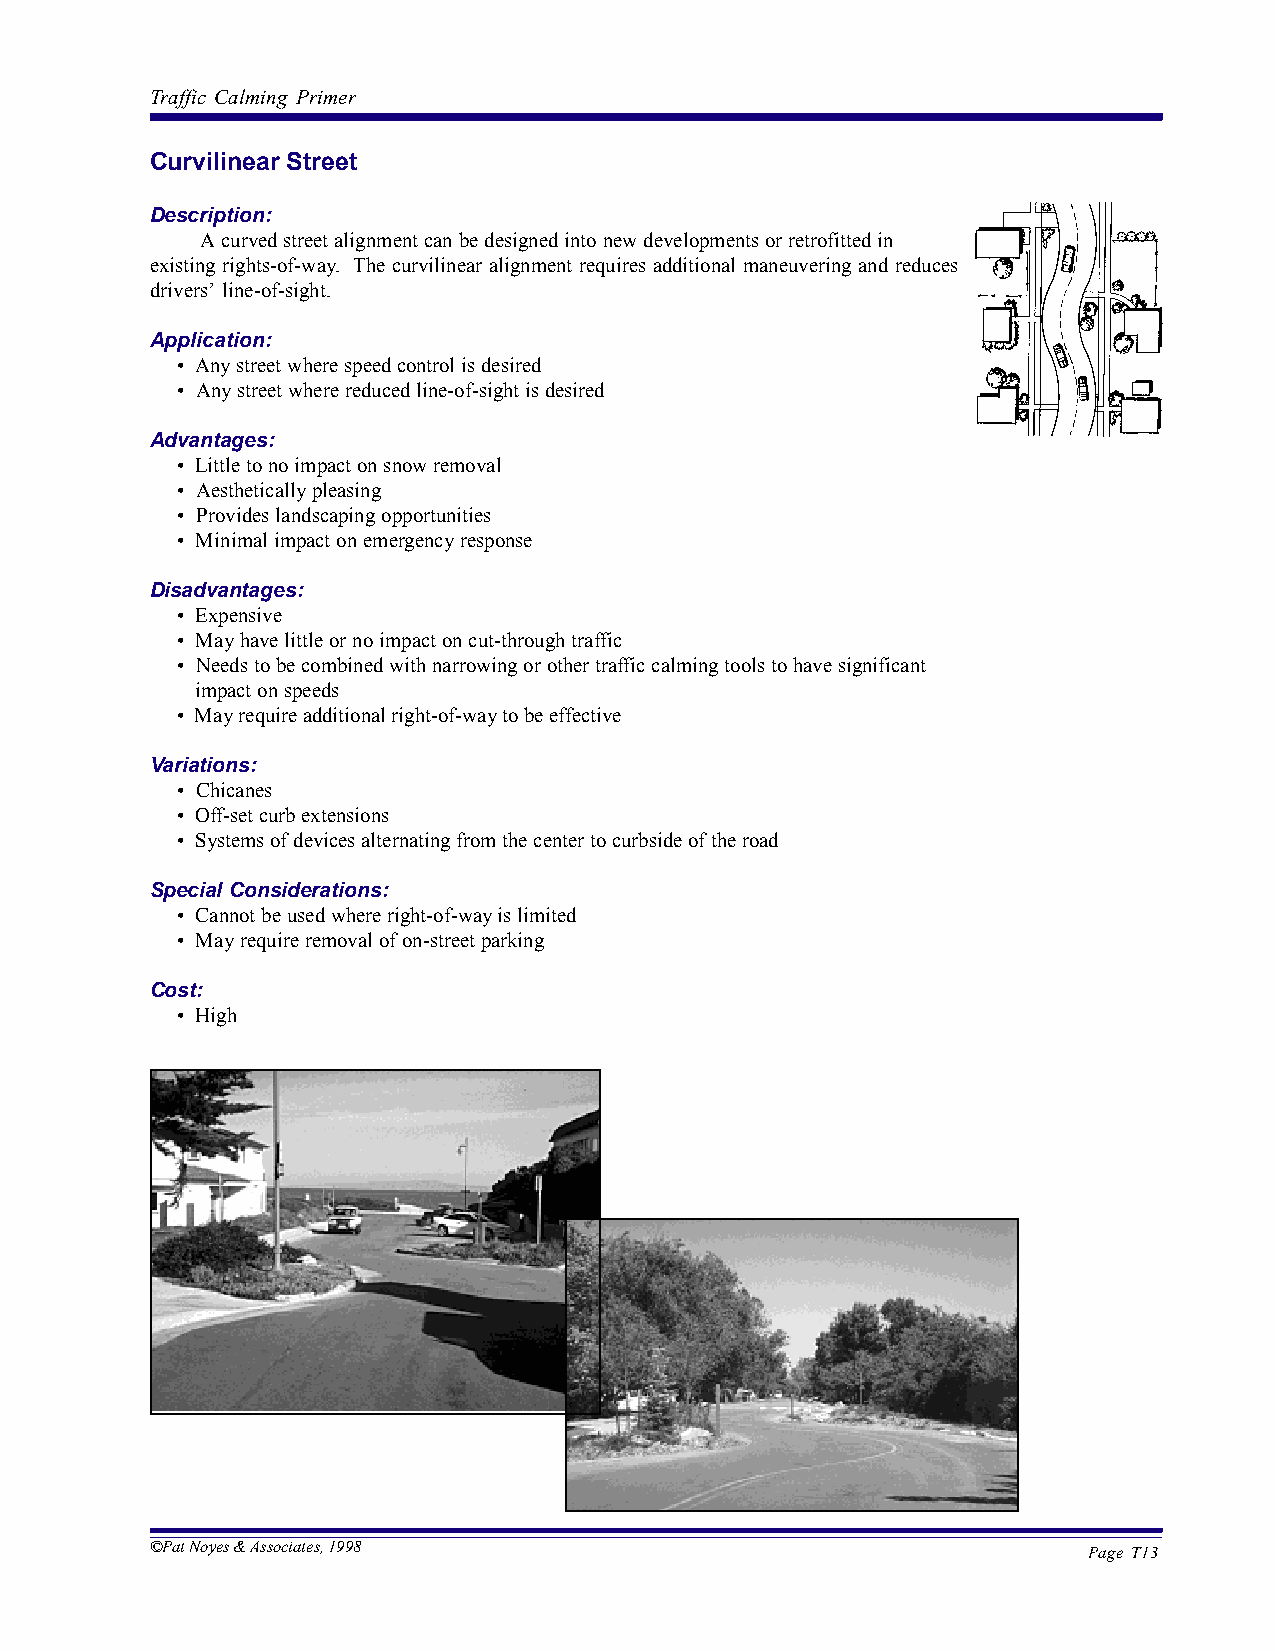
Traffic Calming Primer
 Curvilinear Street
 Description:
 A curved street alignment can be designed into new developments or retrofitted in
 existing rights-of-way. The curvilinear alignment requires additional maneuvering and reduces
 drivers’ line-of-sight.
 Application:
 • Any street where speed control is desired
 • Any street where reduced line-of-sight is desired
 Advantages:
 • Little to no impact on snow removal
 • Aesthetically pleasing
 • Provides landscaping opportunities
 • Minimal impact on emergency response
 Disadvantages:
 • Expensive
 • May have little or no impact on cut-through traffic
 • Needs to be combined with narrowing or other traffic calming tools to have significant
 impact on speeds
 • May require additional right-of-way to be effective
 Variations:
 • Chicanes
 • Off-set curb extensions
 • Systems of devices alternating from the center to curbside of the road
 Special Considerations:
 • Cannot be used where right-of-way is limited
 • May require removal of on-street parking
 Cost:
 • High
 ©Pat Noyes & Associates, 1998
 Page T13